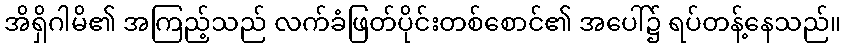
အိရှိဂါမိ၏ အကြည့်သည် လက်ခံဖြတ်ပိုင်းတစ်စောင်၏ အပေါ်၌ ရပ်တန့်နေသည်။